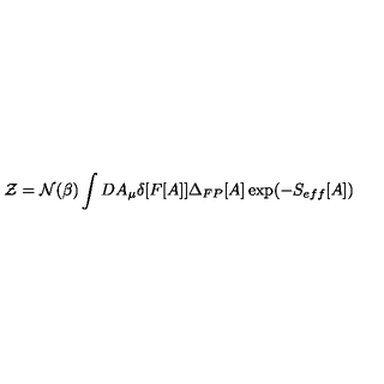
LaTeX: { \cal Z } = { \cal N } ( \beta ) \int D A _ { \mu } \delta [ F [ A ] ] \Delta _ { F P } [ A ] \exp ( - S _ { e f f } [ A ] )